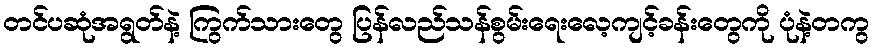
တင်ပဆုံအရွတ်နဲ့ ကြွက်သားတွေ ပြန်လည်သန်စွမ်းရေးလေ့ကျင့်ခန်းတွေကို ပုံနဲ့တကွ